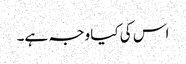
اس کی کیا وجہ ہے۔